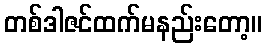
တစ်ဒါဇင်ထက်မနည်းတော့။